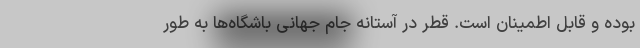
بوده و قابل اطمینان است. قطر در آستانه جام جهانی باشگاه‌ها به طور